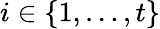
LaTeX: i\in\{ 1,\ldots,t\}